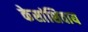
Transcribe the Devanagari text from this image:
केसांशिवाय